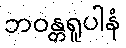
ဘဝန္တရူပါနံ